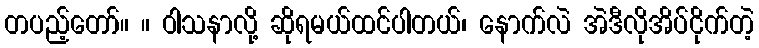
တပည့်တော်။ ။ ဝါသနာလို့ ဆိုရမယ်ထင်ပါတယ်၊ နောက်လဲ အဲဒီလိုအိပ်ငိုက်တဲ့